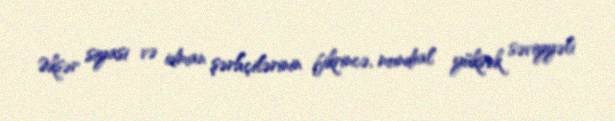
Əksər siyasi və idman şərhçilərinin fikrincə, mundial yüksək səviyyəli